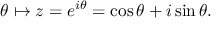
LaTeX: \theta \mapsto z = e ^ { i \theta } = \cos \theta + i \sin \theta .